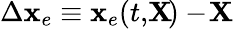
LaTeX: \Delta{\mathbf x}_{e}\equiv{\mathbf x}_{e}(t,\! {\mathbf X}\! )-\! {\mathbf X}